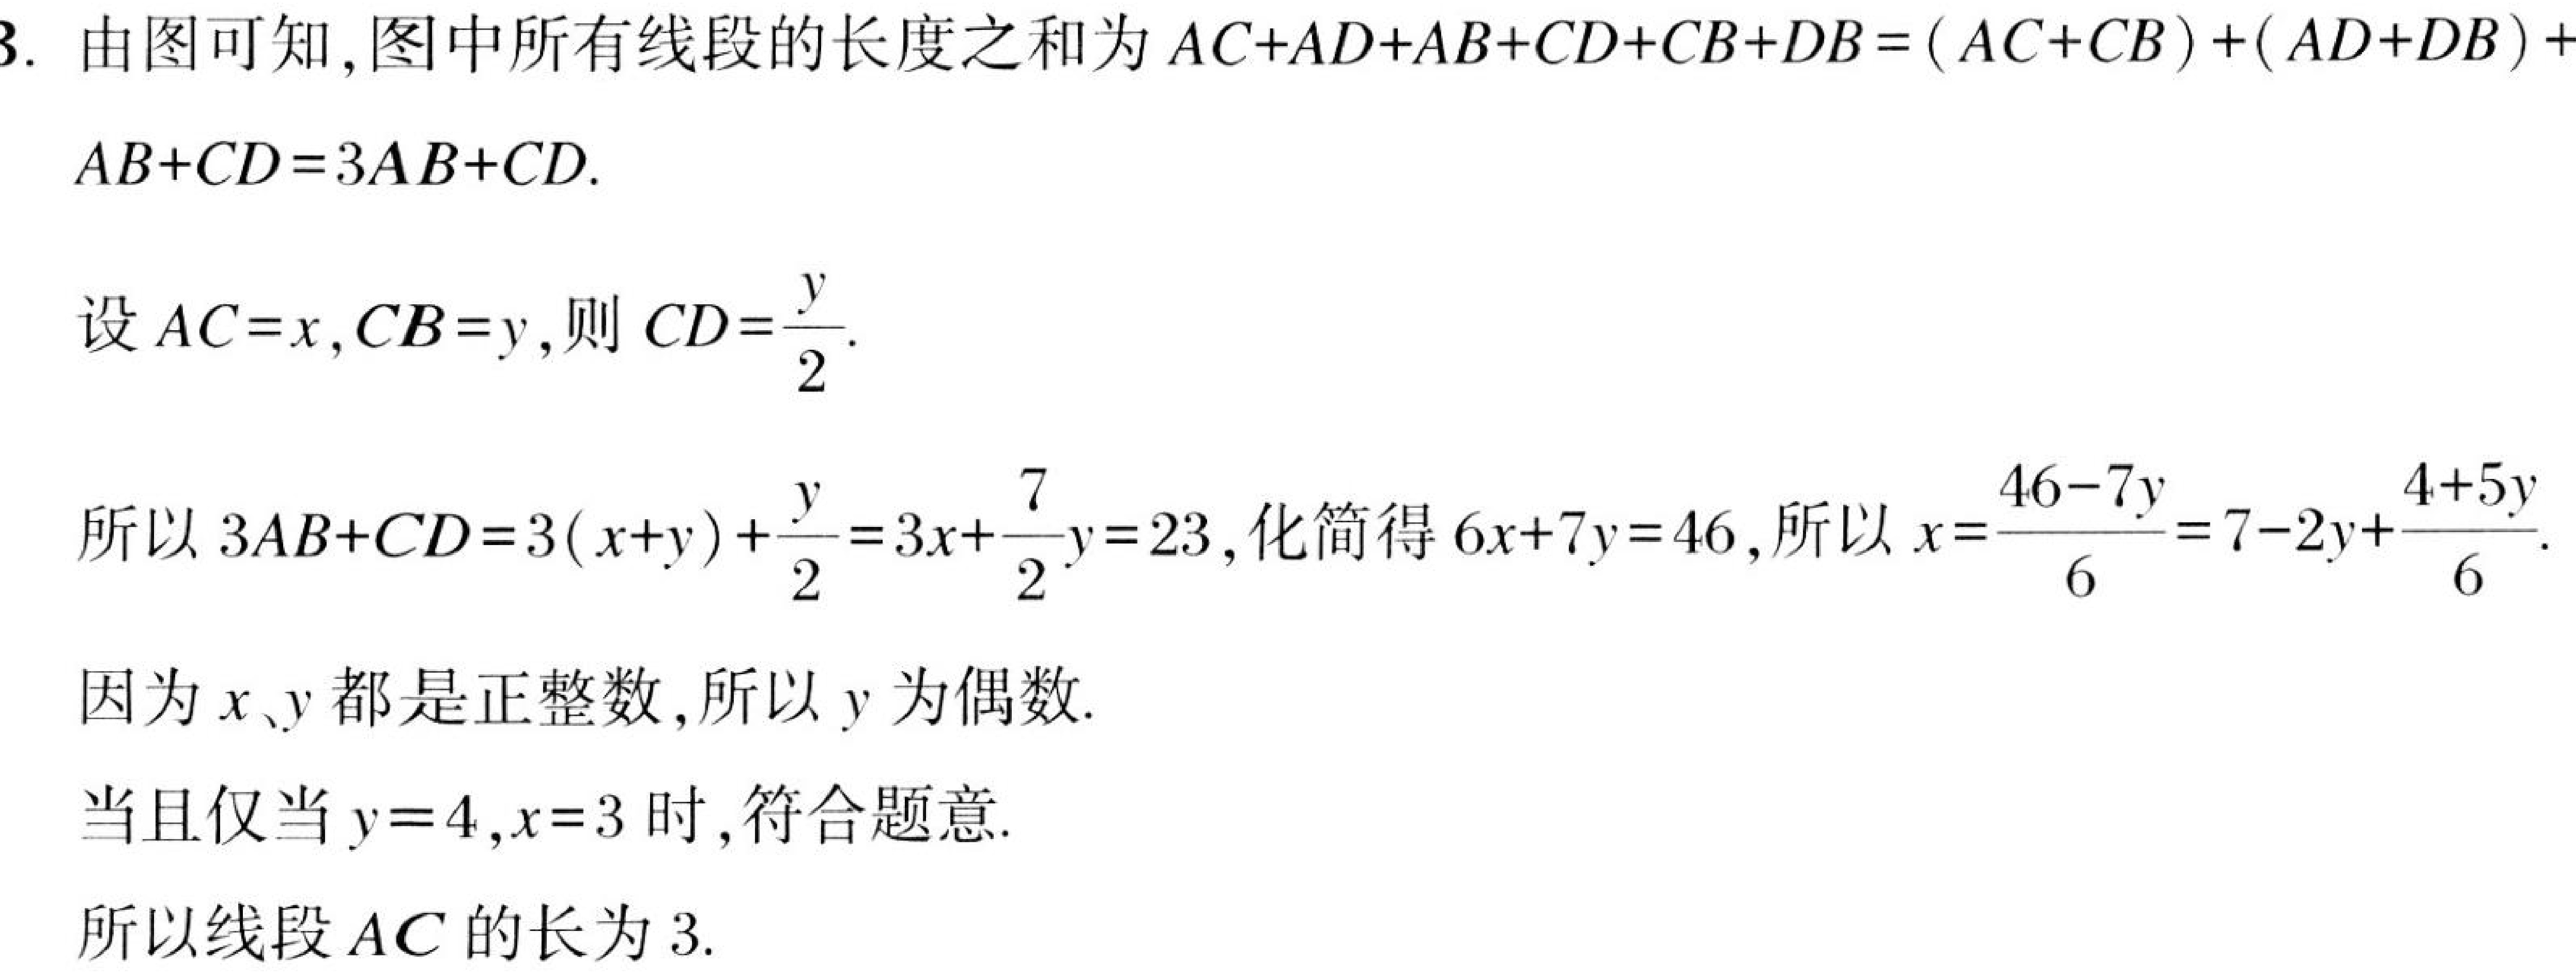
3. 由图可知,图中所有线段的长度之和为\(AC + AD+AB + CD+CB + DB=(AC + CB)+(AD + DB)+
AB + CD = 3AB+CD\).
设\(AC = x,CB = y\),则\(CD=\dfrac{y}{2}\).
所以\(3AB + CD=3(x + y)+\dfrac{y}{2}=3x+\dfrac{7}{2}y = 23\),化简得\(6x + 7y = 46\),所以\(x=\dfrac{46 - 7y}{6}=7 - 2y+\dfrac{4 + 5y}{6}\).
因为\(x、y\)都是正整数,所以\(y\)为偶数.
当且仅当\(y = 4,x = 3\)时,符合题意.
所以线段\(AC\)的长为\(3\).